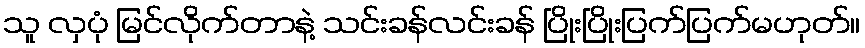
သူ လှပုံ မြင်လိုက်တာနဲ့ သင်းခန်လင်းခန် ပြိုးပြိုးပြက်ပြက်မဟုတ်။